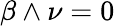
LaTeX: \beta\wedge\nu=0